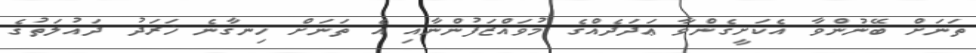
ތަނަށް ބޭނުންވާ އެކަށީގެންވާ ޢަދަދެއްގެ މުވައްޒަފުންނާއި އެ ތަނަށް ހިނގާނެ ޚަރަދު ދައުލަތުގެ